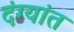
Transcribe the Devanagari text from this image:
दंग्यांत